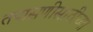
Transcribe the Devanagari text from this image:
तपासणीसाठीच्या